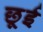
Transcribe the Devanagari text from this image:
छूई